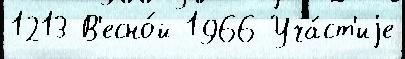
1213 В'есно́й 1966 Уча́ст'иjе